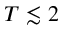
T \lesssim 2